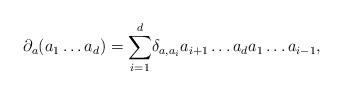
LaTeX: \begin{align*}\partial_a(a_1\ldots a_d)=\underset{i=1}{\overset{d}{\sum}}\delta_{a,a_i}a_{i+1}\ldots a_da_1\ldots a_{i-1},\end{align*}